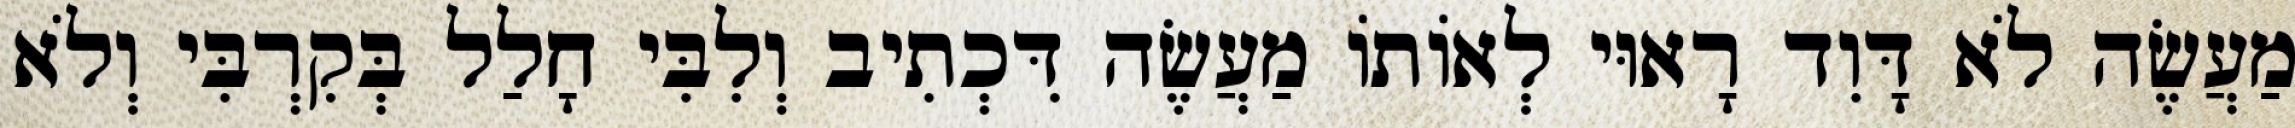
מַעֲשֶׂה לֹא דָּוִד רָאוּי לְאוֹתוֹ מַעֲשֶׂה דִּכְתִיב וְלִבִּי חָלַל בְּקִרְבִּי וְלֹא